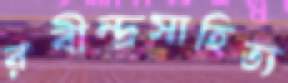
রবীন্দ্রসাহিত্য